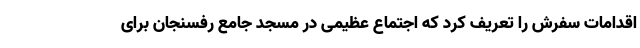
اقدامات سفرش را تعریف کرد که اجتماع عظیمی در مسجد جامع رفسنجان برای